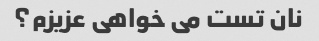
نان تست می خواهی عزیزم؟